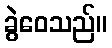
ခွဲဝေသည်။